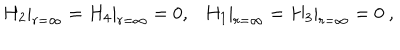
LaTeX: H _ { 2 } | _ { r = \infty } = H _ { 4 } | _ { r = \infty } = 0 , \ \ \ H _ { 1 } | _ { r = \infty } = H _ { 3 } | _ { r = \infty } = 0 \ ,